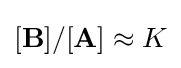
[\mathbf {B} ]/[\mathbf {A} ]\approx K